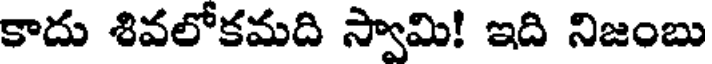
కాదు శివలోకమది స్వామి! ఇది నిజంబు